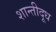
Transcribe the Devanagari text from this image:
शान्तीदूध